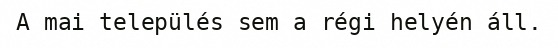
A mai település sem a régi helyén áll.